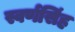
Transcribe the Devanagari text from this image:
स्वर्णसिंह